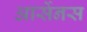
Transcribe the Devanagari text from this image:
आर्सेनस